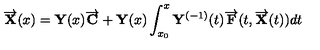
\overrightarrow { { \bf X } } ( x ) = { \bf Y } ( x ) \overrightarrow { { \bf C } } + { \bf Y } ( x ) \int _ { x _ { 0 } } ^ { x } { \bf Y } ^ { ( - 1 ) } ( t ) \overrightarrow { { \bf F } } ( t , \overrightarrow { { \bf X } } ( t ) ) d t